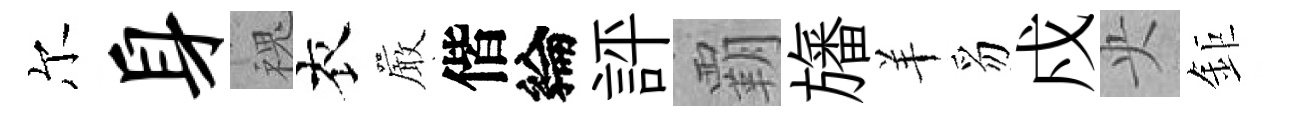
尔身槐衣巖偕綸評覇旛羊豸戍央鉅